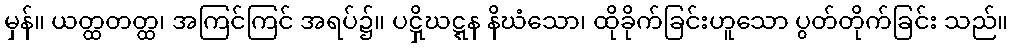
မှန်။ ယတ္ထတတ္ထ၊ အကြင်ကြင် အရပ်၌။ ပဋှိဃဋ္ဋန နိဃံသော၊ ထိုခိုက်ခြင်းဟူသော ပွတ်တိုက်ခြင်း သည်။